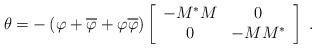
LaTeX: \begin{align*}\theta =-\left( \varphi +\overline{\varphi }+\varphi \overline{\varphi }\right) \left[ \begin{array}{cc}-M^{\ast }M & 0 \\ 0 & -MM^{\ast }\end{array}\right] ~.\end{align*}